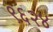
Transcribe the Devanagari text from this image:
९६२४